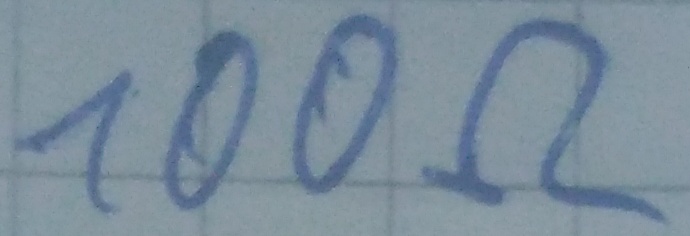
Text: 100Ω